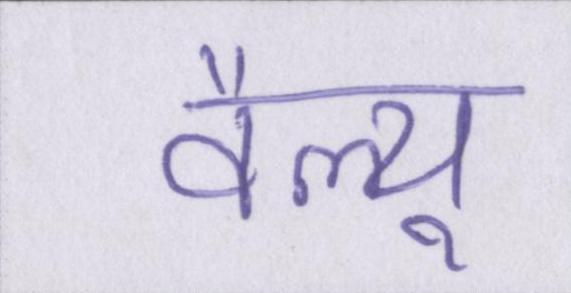
वैल्यू